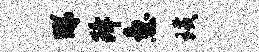
睇降急璜